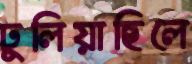
ঢুলিয়াছিলে